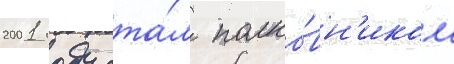
2001 году ста́л полко́вн'иком